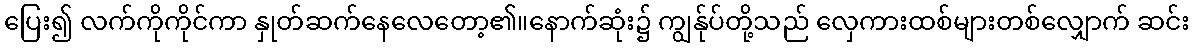
ပြေး၍ လက်ကိုကိုင်ကာ နှုတ်ဆက်နေလေတော့၏။နောက်ဆုံး၌ ကျွန်ုပ်တို့သည် လှေကားထစ်များတစ်လျှောက် ဆင်း